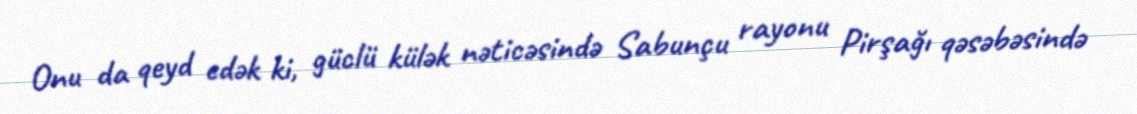
Onu da qeyd edək ki, güclü külək nəticəsində Sabunçu rayonu Pirşağı qəsəbəsində